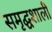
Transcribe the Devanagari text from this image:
समृद्घशाली